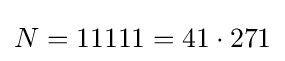
N=11111=41\cdot 271